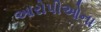
આરોપીઓના